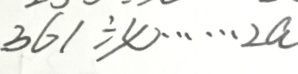
3 6 1 \div x \cdots 2 a